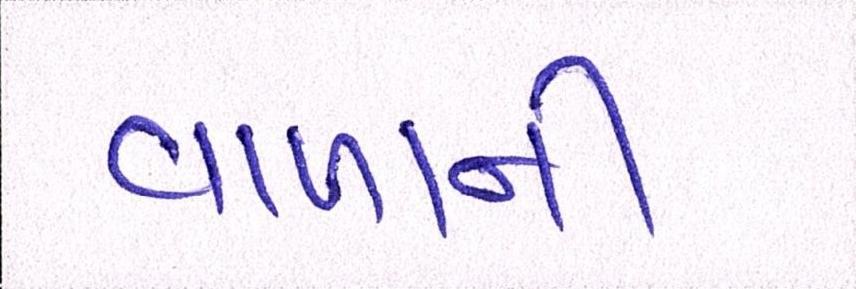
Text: વાળાની